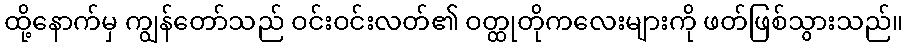
ထို့နောက်မှ ကျွန်တော်သည် ဝင်းဝင်းလတ်၏ ဝတ္ထုတိုကလေးများကို ဖတ်ဖြစ်သွားသည်။